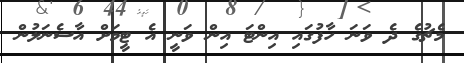
މެޗުގެ ދެ ވަނަ ހާފުގައި އިންޓަ އިން ވަނީ އެ ޓީމަށް އާސެނަލުން